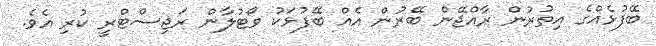
ބޭފުޅެއްގެ އިތުރުން ރާއްޖޭން ބޭރުން އެއް ބޭފުޅަކު ވޯޓުލާން ރަޖިސްޓްރީ ކުރި އެވެ.